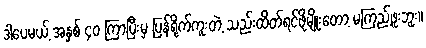
ဒါပေမယ့် အနှစ် ၄၀ ကြာပြီးမှ ပြန်ရိုက်ကူးတဲ့ သည်းထိတ်ရင်ဖိုမျိုးတော့ မကြည့်ဖူးဘူး။